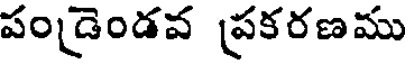
పండెండవ ప్రకరణము